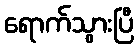
ရောက်သွားပြီ